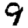
Digit: 9